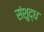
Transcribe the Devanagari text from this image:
संशुद्ध